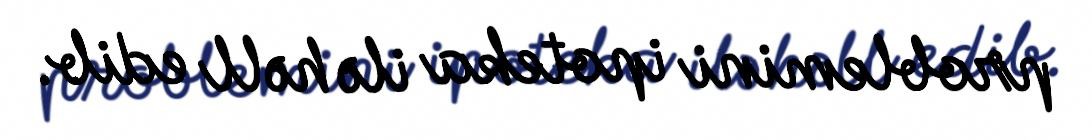
problemini ipoteka ilə həll edib.